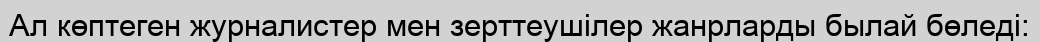
Ал көптеген журналистер мен зерттеушілер жанрларды былай бөледі: